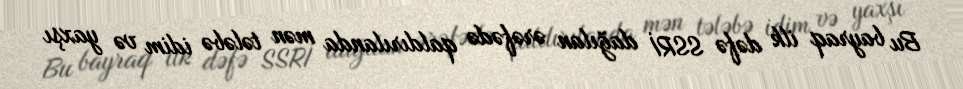
Bu bayraq ilk dəfə SSRİ dağılan ərəfədə qaldırılanda mən tələbə idim və yaxşı